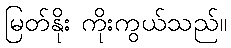
မြတ်နိုး ကိုးကွယ်သည်။